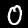
Label: 0